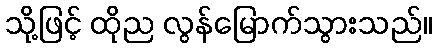
သို့ဖြင့် ထိုည လွန်မြောက်သွားသည်။